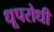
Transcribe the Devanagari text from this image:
धूपरोधी